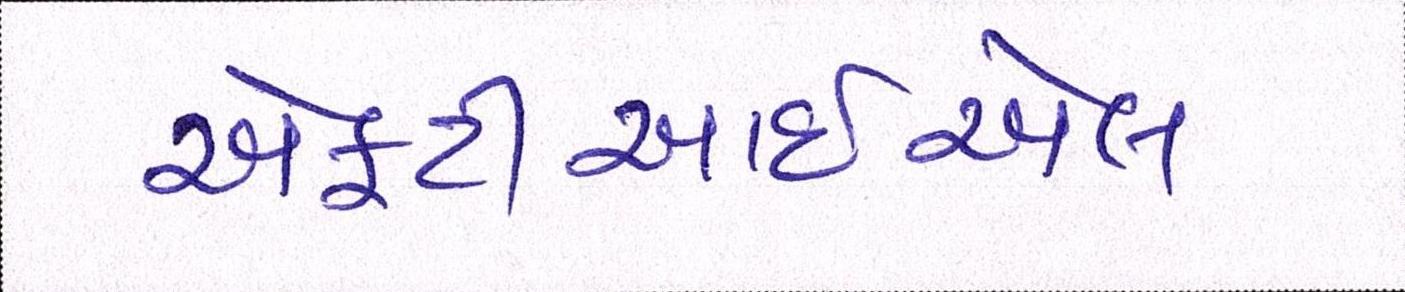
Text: એફટીઆઈએલ